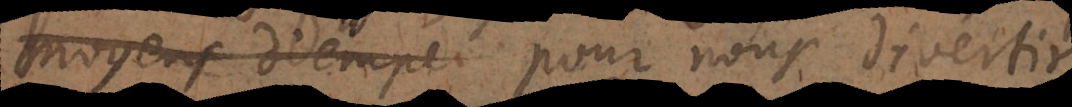
moyens d’empe pour nous divertir